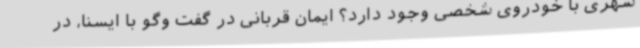
شهری با خودروی شخصی وجود دارد؟ ایمان قربانی در گفت وگو با ایسنا، در